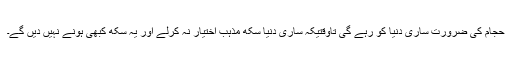
حجام کی ضرورت ساری دنیا کو رہے گی تاوقتیکہ ساری دنیا سکھ مذہب اختیار نہ کرلے اور یہ سکھ کبھی ہونے نہیں دیں گے۔